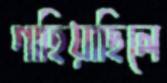
গাহিয়াছিলে